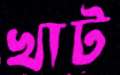
খাট